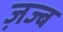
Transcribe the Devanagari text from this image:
ज़ज्ब